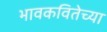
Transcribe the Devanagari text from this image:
भावकवितेच्या